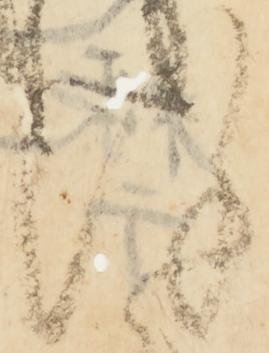
謹